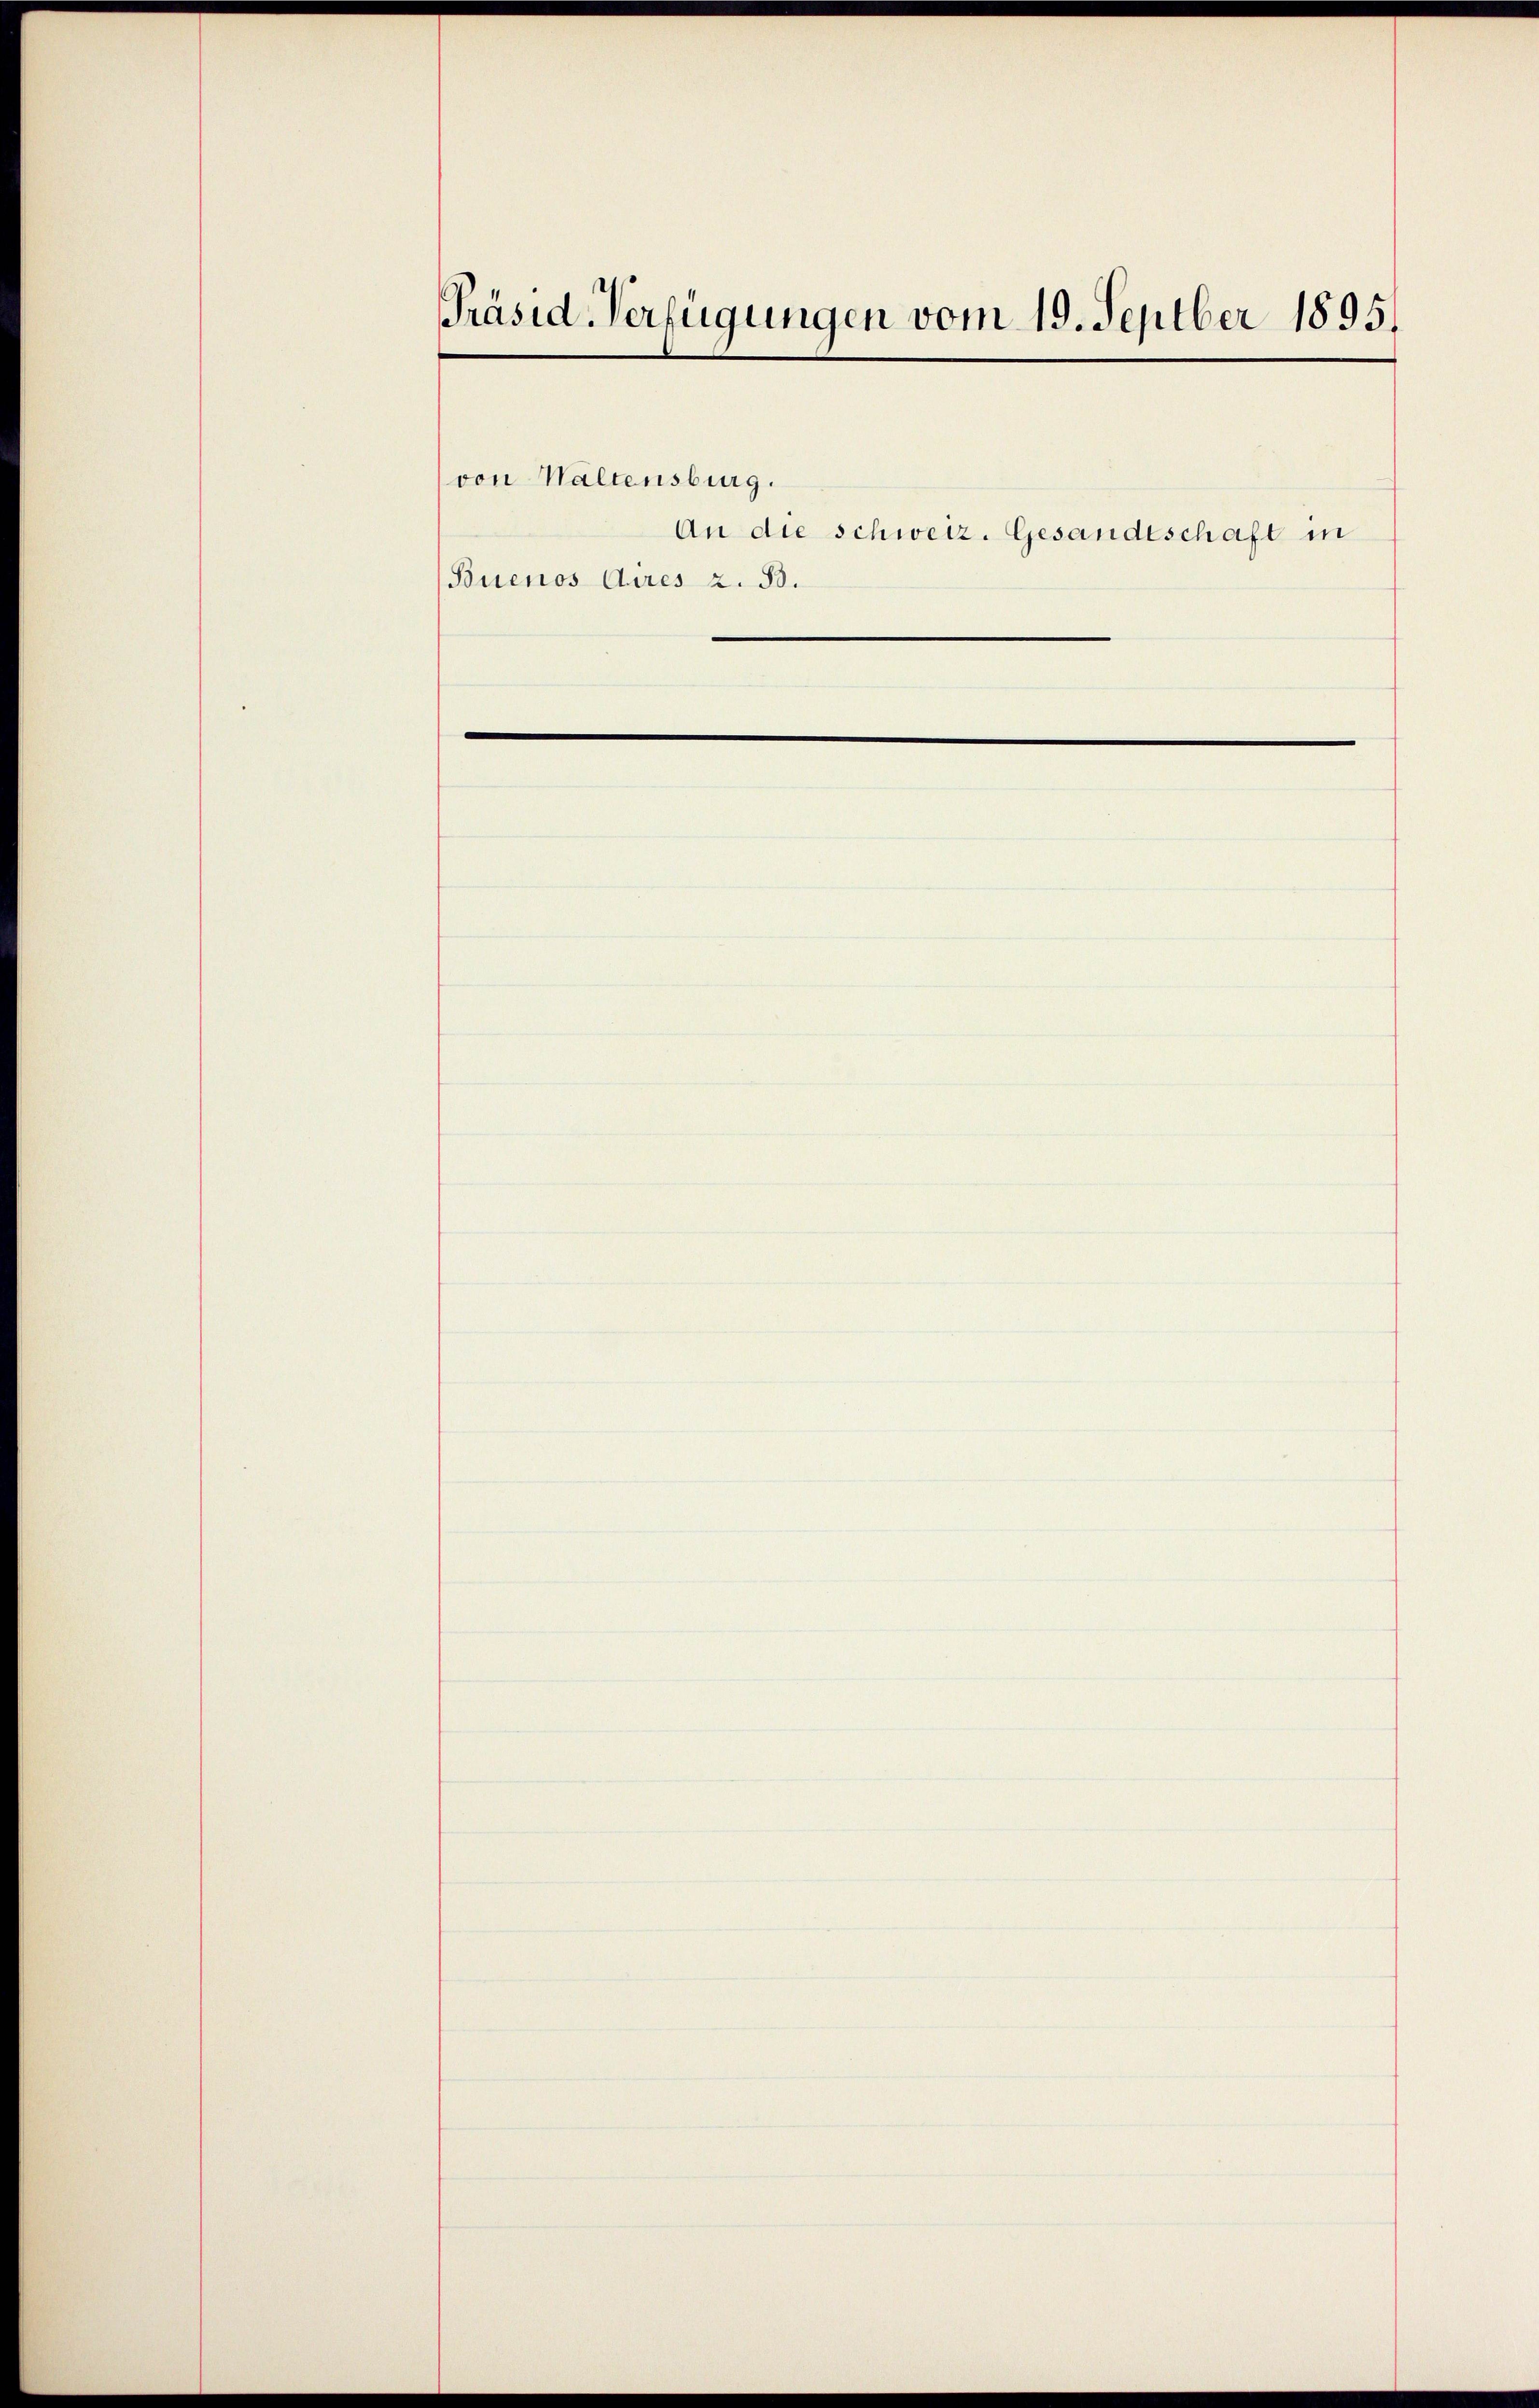
Präsid. Verfügungen vom 19. Septber 1895.

von Waltensburg.
Buenos Aires z. B.

An die schweiz. Gesandtschaft in